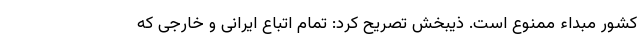
کشور مبداء ممنوع است. ذیبخش تصریح کرد: تمام اتباع ایرانی و خارجی که